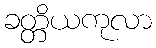
ခတ္တိယကုလာ